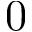
0